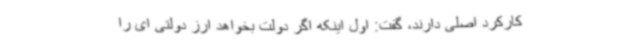
کارکرد اصلی دارند، گفت: اول اینکه اگر دولت بخواهد ارز دولتی ای را